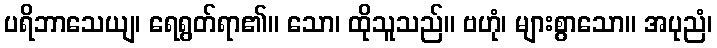
ပရိဘာသေယျ၊ ရေရွတ်ရာ၏။ သော၊ ထိုသူသည်။ ဗဟုံ၊ များစွာသော။ အပုညံ၊